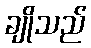
ချိုသည်